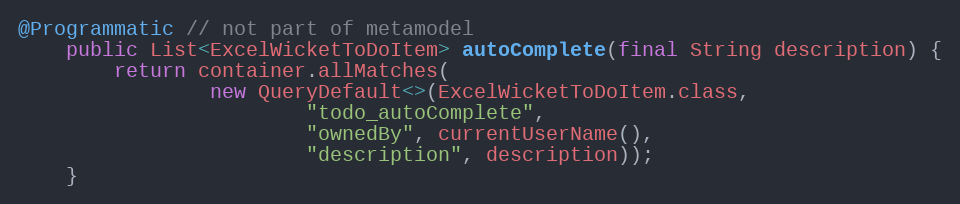
Language: Java
@Programmatic // not part of metamodel
    public List<ExcelWicketToDoItem> autoComplete(final String description) {
        return container.allMatches(
                new QueryDefault<>(ExcelWicketToDoItem.class,
                        "todo_autoComplete",
                        "ownedBy", currentUserName(),
                        "description", description));
    }